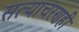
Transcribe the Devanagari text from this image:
सत्याचरणही